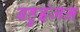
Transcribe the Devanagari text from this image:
बहुइंजन